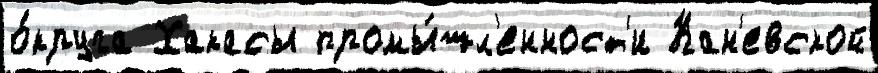
о́круга Хакасы промы́шл'енност'и Кан'евской